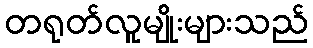
တရုတ်လူမျိုးများသည်